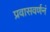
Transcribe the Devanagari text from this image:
प्रवासवर्णनं